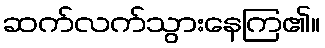
ဆက်လက်သွားနေကြ၏။